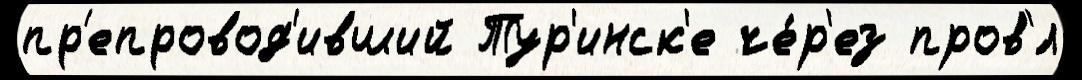
пр'епровод'ивший Тур'инск'е че́р'ез пров'́л